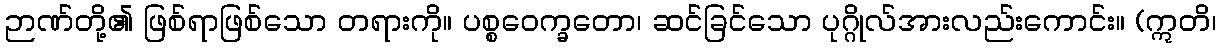
ဉာဏ်တို့၏ ဖြစ်ရာဖြစ်သော တရားကို။ ပစ္စဝေက္ခတော၊ ဆင်ခြင်သော ပုဂ္ဂိုလ်အားလည်းကောင်း။ (ဣတိ၊